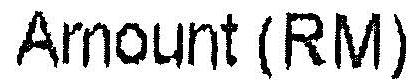
AMOUNT (RM)